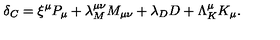
\delta _ { C } = \xi ^ { \mu } P _ { \mu } + \lambda _ { M } ^ { \mu \nu } M _ { \mu \nu } + \lambda _ { D } D + \Lambda _ { K } ^ { \mu } K _ { \mu } .